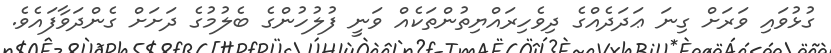
ގުޅުވައި ވަރަށް ގިނަ ޢަދަދެއްގެ ދިވެހިރައްޔިތުންތަކެއް ވަނީ ފުލުހުންގެ ބެލުމުގެ ދަށަށް ގެންދަވާފައެވެ.